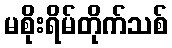
မစိုးရိမ်တိုက်သစ်